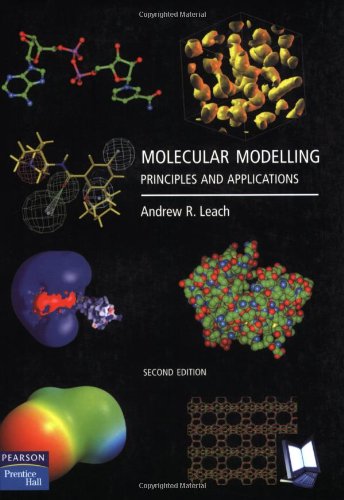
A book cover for Molecular Modelling: Principles and Applications (2nd Edition); Andrew Leach; Science & Math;